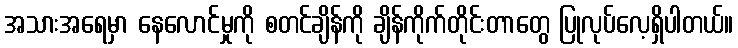
အသားအရေမှာ နေလောင်မှုကို စတင်ချိန်ကို ချိန်ကိုက်တိုင်းတာတွေ ပြုလုပ်လေ့ရှိပါတယ်။